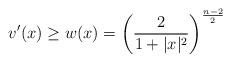
LaTeX: \begin{align*}v'(x) \geq w(x) = \left(\frac{2}{1+ |x|^2} \right)^\frac{n-2}{2}\end{align*}